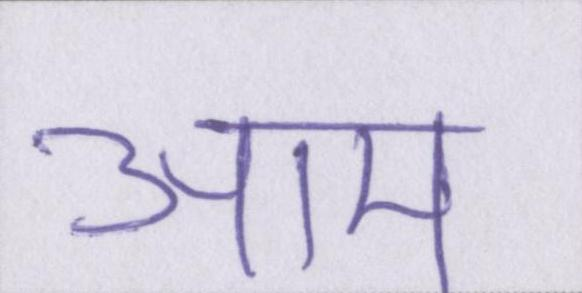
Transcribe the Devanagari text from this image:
आम